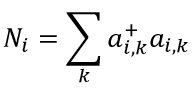
N _ { i } = \sum _ { k } a _ { i , k } ^ { + } a _ { i , k }